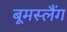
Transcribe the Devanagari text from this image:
बूमस्लैंग